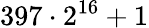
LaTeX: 397\cdot 2^{16}+1